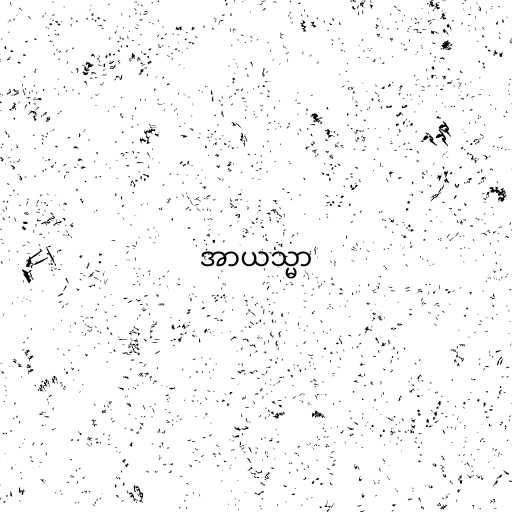
အာယသ္မာ